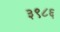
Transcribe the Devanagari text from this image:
३९८६